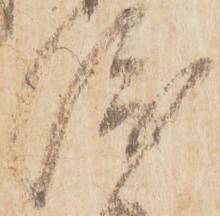
渡